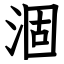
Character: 涸